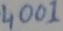
Text: 4001